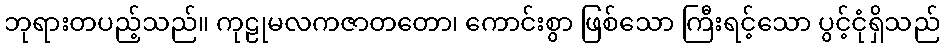
ဘုရားတပည့်သည်။ ကုဠုမလကဇာတတော၊ ကောင်းစွာ ဖြစ်သော ကြီးရင့်သော ပွင့်ငုံရှိသည်